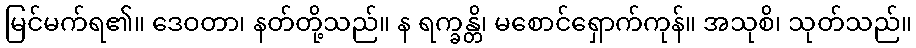
မြင်မက်ရ၏။ ဒေဝတာ၊ နတ်တို့သည်။ န ရက္ခန္တိ၊ မစောင်ရှောက်ကုန်။ အသုစိ၊ သုတ်သည်။